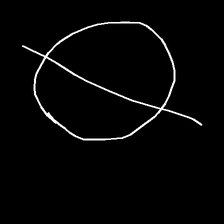
Glyph: orb